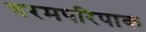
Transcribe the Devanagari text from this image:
चरमपरिपाक